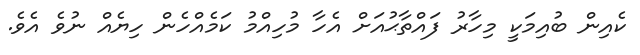
ކެއިން ބުއިމަކީ މިހާރު ފައްތާޙުއަށް އެހާ މުހިއްމު ކަމެއްހެން ހިޔެއް ނުވެ އެވެ.